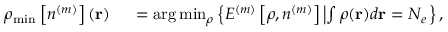
\begin{array} { l } { \rho _ { \mathrm { m i n } } \left[ n ^ { ( m ) } \right] ( { \bf r } ) \ ~ \ ~ = \arg \operatorname* { m i n } _ { \rho } \left\{ { \cal E } ^ { ( m ) } \left[ \rho , n ^ { ( m ) } \right] \left\vert \int \rho ( { \bf r } ) d { \bf r } = N _ { e } \right. \right\} , } \end{array}